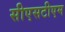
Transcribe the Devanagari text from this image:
सीएसटीएम